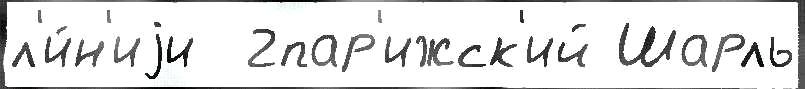
л'и́н'иjи  2пар'ижск'ий Шарль